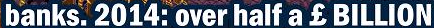
banks.2014:over half a $ BILLION